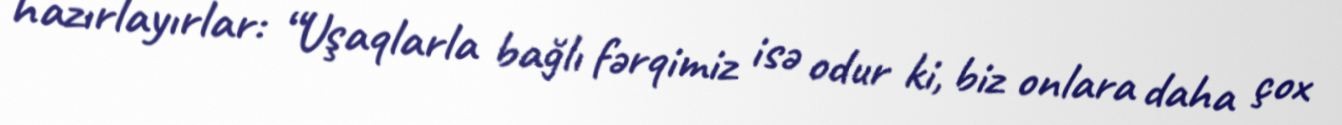
hazırlayırlar: “Uşaqlarla bağlı fərqimiz isə odur ki, biz onlara daha çox